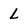
Character: L